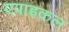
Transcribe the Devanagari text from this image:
एपाइकल